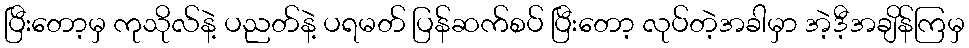
ပြီးတော့မှ ကုသိုလ်နဲ့ ပညတ်နဲ့ ပရမတ် ပြန်ဆက်စပ် ပြီးတော့ လုပ်တဲ့အခါမှာ အဲ့ဒီ့အချိန်ကြမှ